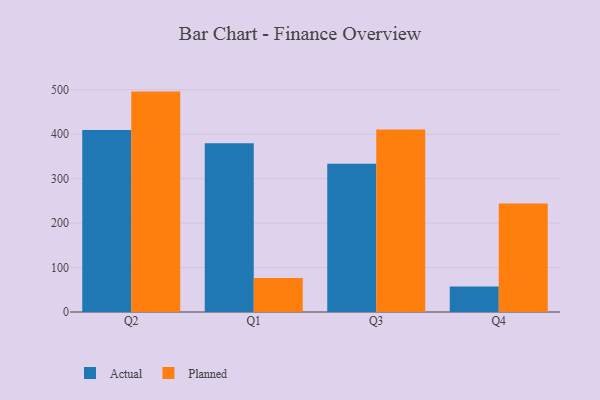
{"axis": {"x": "Quarter", "y": "Headcount"}, "legend": ["Actual", "Planned"], "data": [{"x": "Q2", "y": 409.3, "type": "Actual"}, {"x": "Q2", "y": 495.9, "type": "Planned"}, {"x": "Q1", "y": 379.6, "type": "Actual"}, {"x": "Q1", "y": 76.3, "type": "Planned"}, {"x": "Q3", "y": 333.3, "type": "Actual"}, {"x": "Q3", "y": 410.9, "type": "Planned"}, {"x": "Q4", "y": 57.6, "type": "Actual"}, {"x": "Q4", "y": 244.1, "type": "Planned"}]}